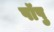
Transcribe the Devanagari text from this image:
पॉपु